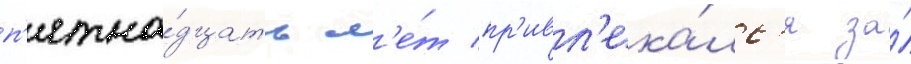
п'ятна́дцать л'е́т пр'ивл'ека́лс'я за́